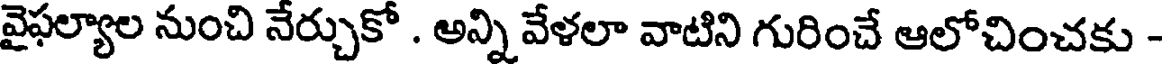
వైఫల్యాల నుంచి నేర్చుకో . అన్ని వేళలా వాటిని గురించే ఆలోచించకు -